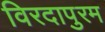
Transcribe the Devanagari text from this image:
विरदापुरम